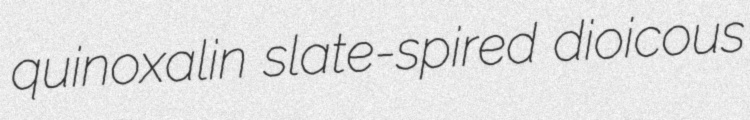
quinoxalin slate-spired dioicous